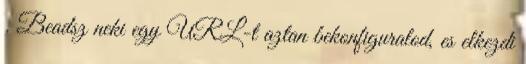
. Beadsz neki egy URL-t aztan bekonfiguralod, es elkezdi